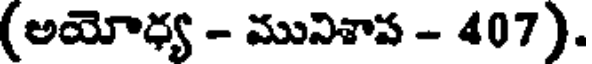
(అయోధ్య - మునిశాప - 407).